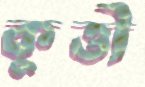
কুত্তী